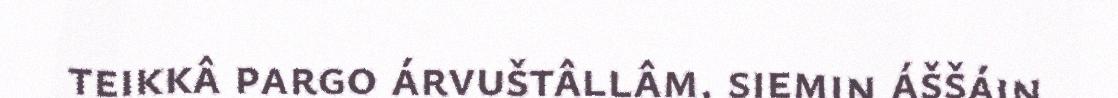
teikkâ pargo árvuštâllâm, siemin áššáin